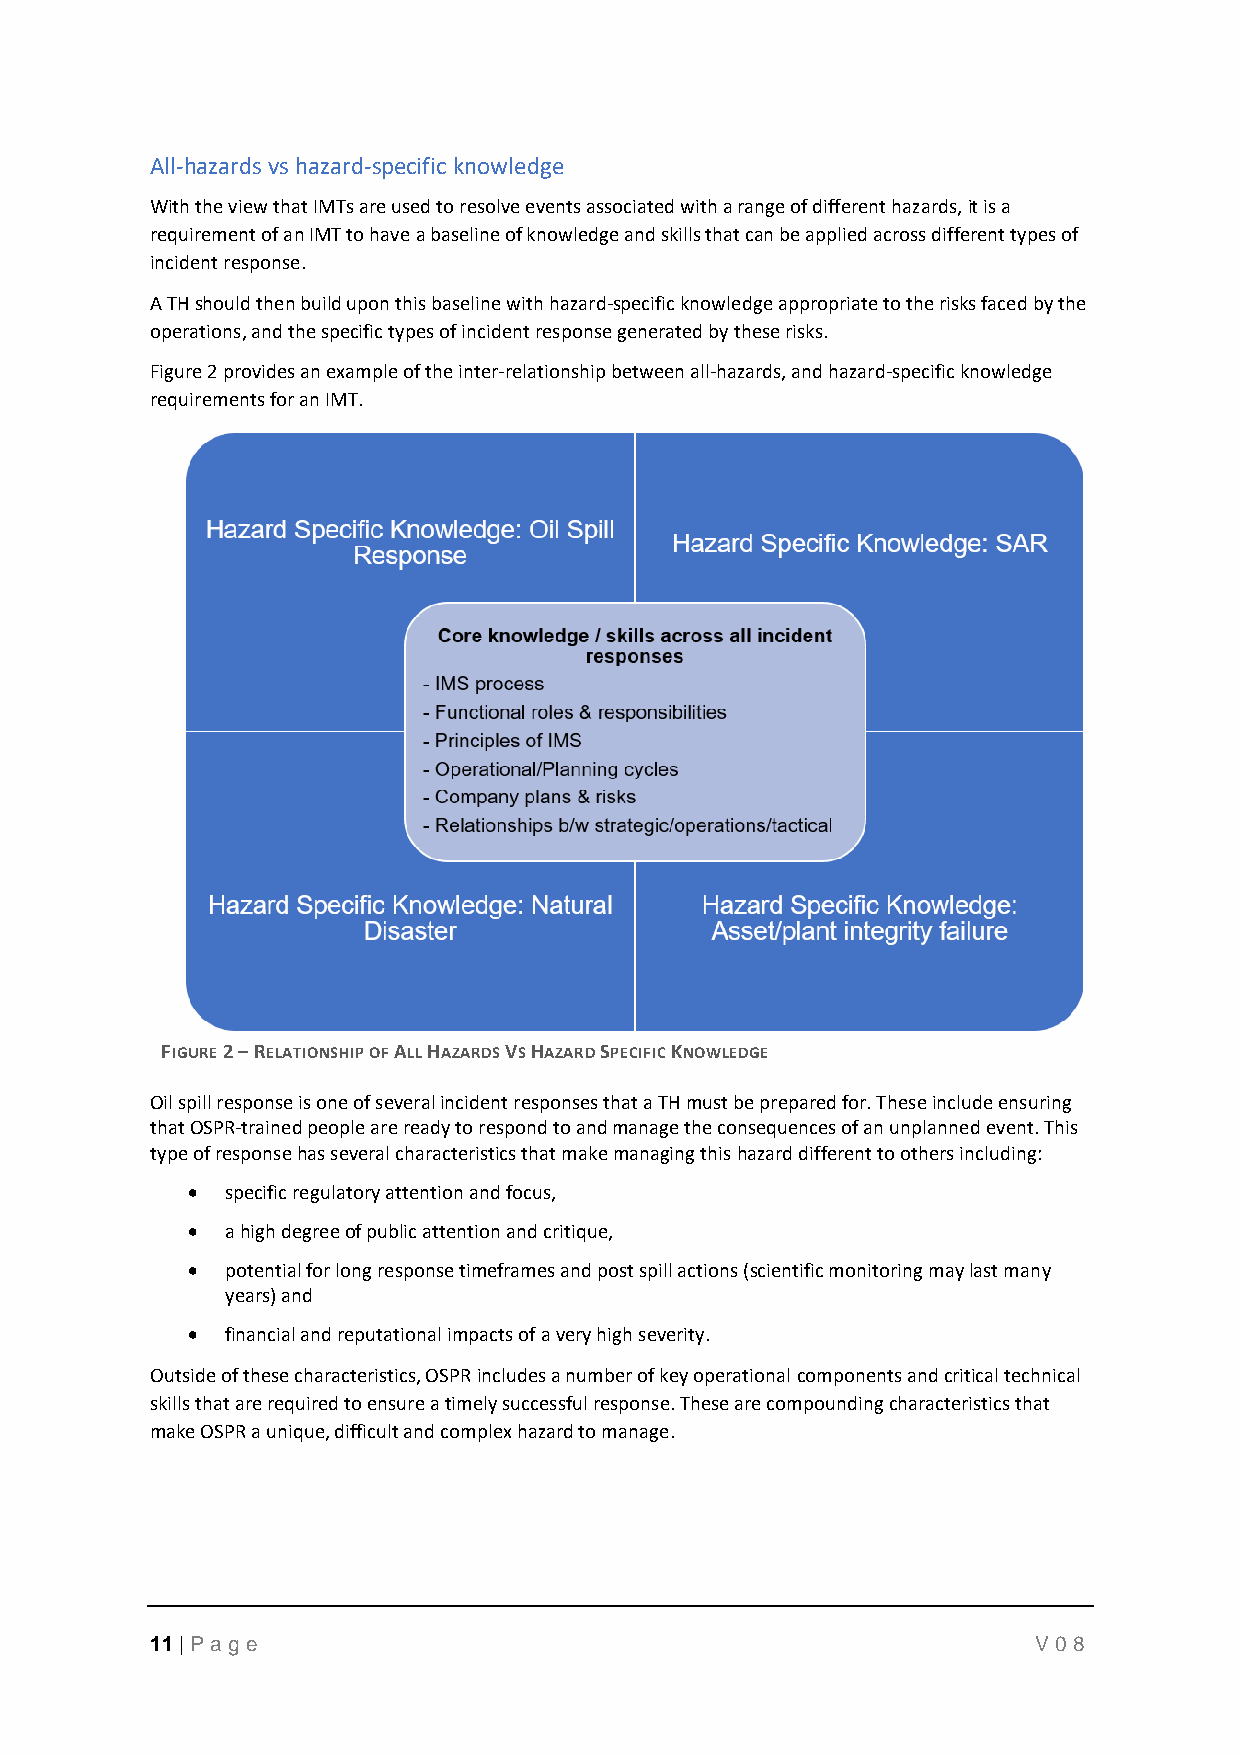
All-hazards vs hazard-specific knowledge
 With the view that IMTs are used to resolve events associated with a range of different hazards, it is a
 requirement of an IMT to have a baseline of knowledge and skills that can be applied across different types of
 incident response.
 A TH should then build upon this baseline with hazard-specific knowledge appropriate to the risks faced by the
 operations, and the specific types of incident response generated by these risks.
 Figure 2 provides an example of the inter-relationship between all-hazards, and hazard-specific knowledge
 requirements for an IMT.
 FIGURE 2 – RELATIONSHIP OF ALL HAZARDS VS HAZARD SPECIFIC KNOWLEDGE
 Oil spill response is one of several incident responses that a TH must be prepared for. These include ensuring
 that OSPR-trained people are ready to respond to and manage the consequences of an unplanned event. This
 type of response has several characteristics that make managing this hazard different to others including:
 •  specific regulatory attention and focus,
 •  a high degree of public attention and critique,
 •  potential for long response timeframes and post spill actions (scientific monitoring may last many
 years) and
 •  financial and reputational impacts of a very high severity.
 Outside of these characteristics, OSPR includes a number of key operational components and critical technical
 skills that are required to ensure a timely successful response. These are compounding characteristics that
 make OSPR a unique, difficult and complex hazard to manage.
 11 | P age                                                 V08